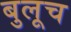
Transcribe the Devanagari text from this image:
बुलूच